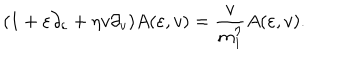
LaTeX: ( 1 + \varepsilon \partial _ { \varepsilon } + \eta v \partial _ { v } ) A ( \varepsilon , v ) = { \frac { v } { m _ { 1 } ^ { \eta } } } A ( \varepsilon , v ) .